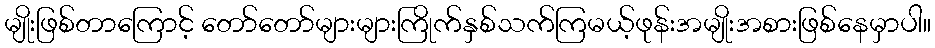
မျိုးဖြစ်တာကြောင့် တော်တော်များများကြိုက်နှစ်သက်ကြမယ့်ဖုန်းအမျိုးအစားဖြစ်နေမှာပါ။